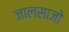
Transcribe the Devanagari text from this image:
जालसाजो